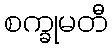
စက္ခုမတီ